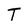
Character: T